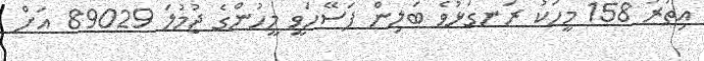
އިތުރު 158 މީހަކު ރަނގަޅުވެ ބަލިން ފަސޭހަވީ މީހުންގެ ޖުމުލަ 89029 އަށް